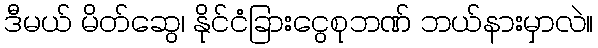
ဒီမယ် မိတ်ဆွေ၊ နိုင်ငံခြားငွေစုဘဏ် ဘယ်နားမှာလဲ။